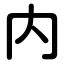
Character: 内